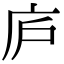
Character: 庐